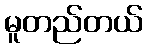
မူတည်တယ်